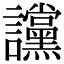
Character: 讜